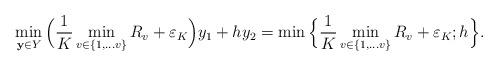
LaTeX: \begin{align*} \min_{\mathbf{y} \in Y}\Big(\frac{1}{K} \min_{v \in \{1, \ldots v\}} R_v + \varepsilon_K \Big) y_1 + hy_2 = \min\Big\{\frac{1}{K} \min_{v \in \{1, \ldots v\}} R_v + \varepsilon_K; h\Big\}.\end{align*}